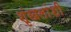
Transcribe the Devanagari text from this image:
शृंखलांशी